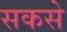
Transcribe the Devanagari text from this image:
सकसे